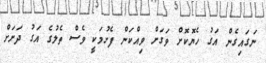
ނަގައިގެން އަގު ހެޔޮކޮށް ވަގަށް ވިއްކަން ފެށުމަކީ ވެސް ތެލުގެ އަގު ދަށަށް